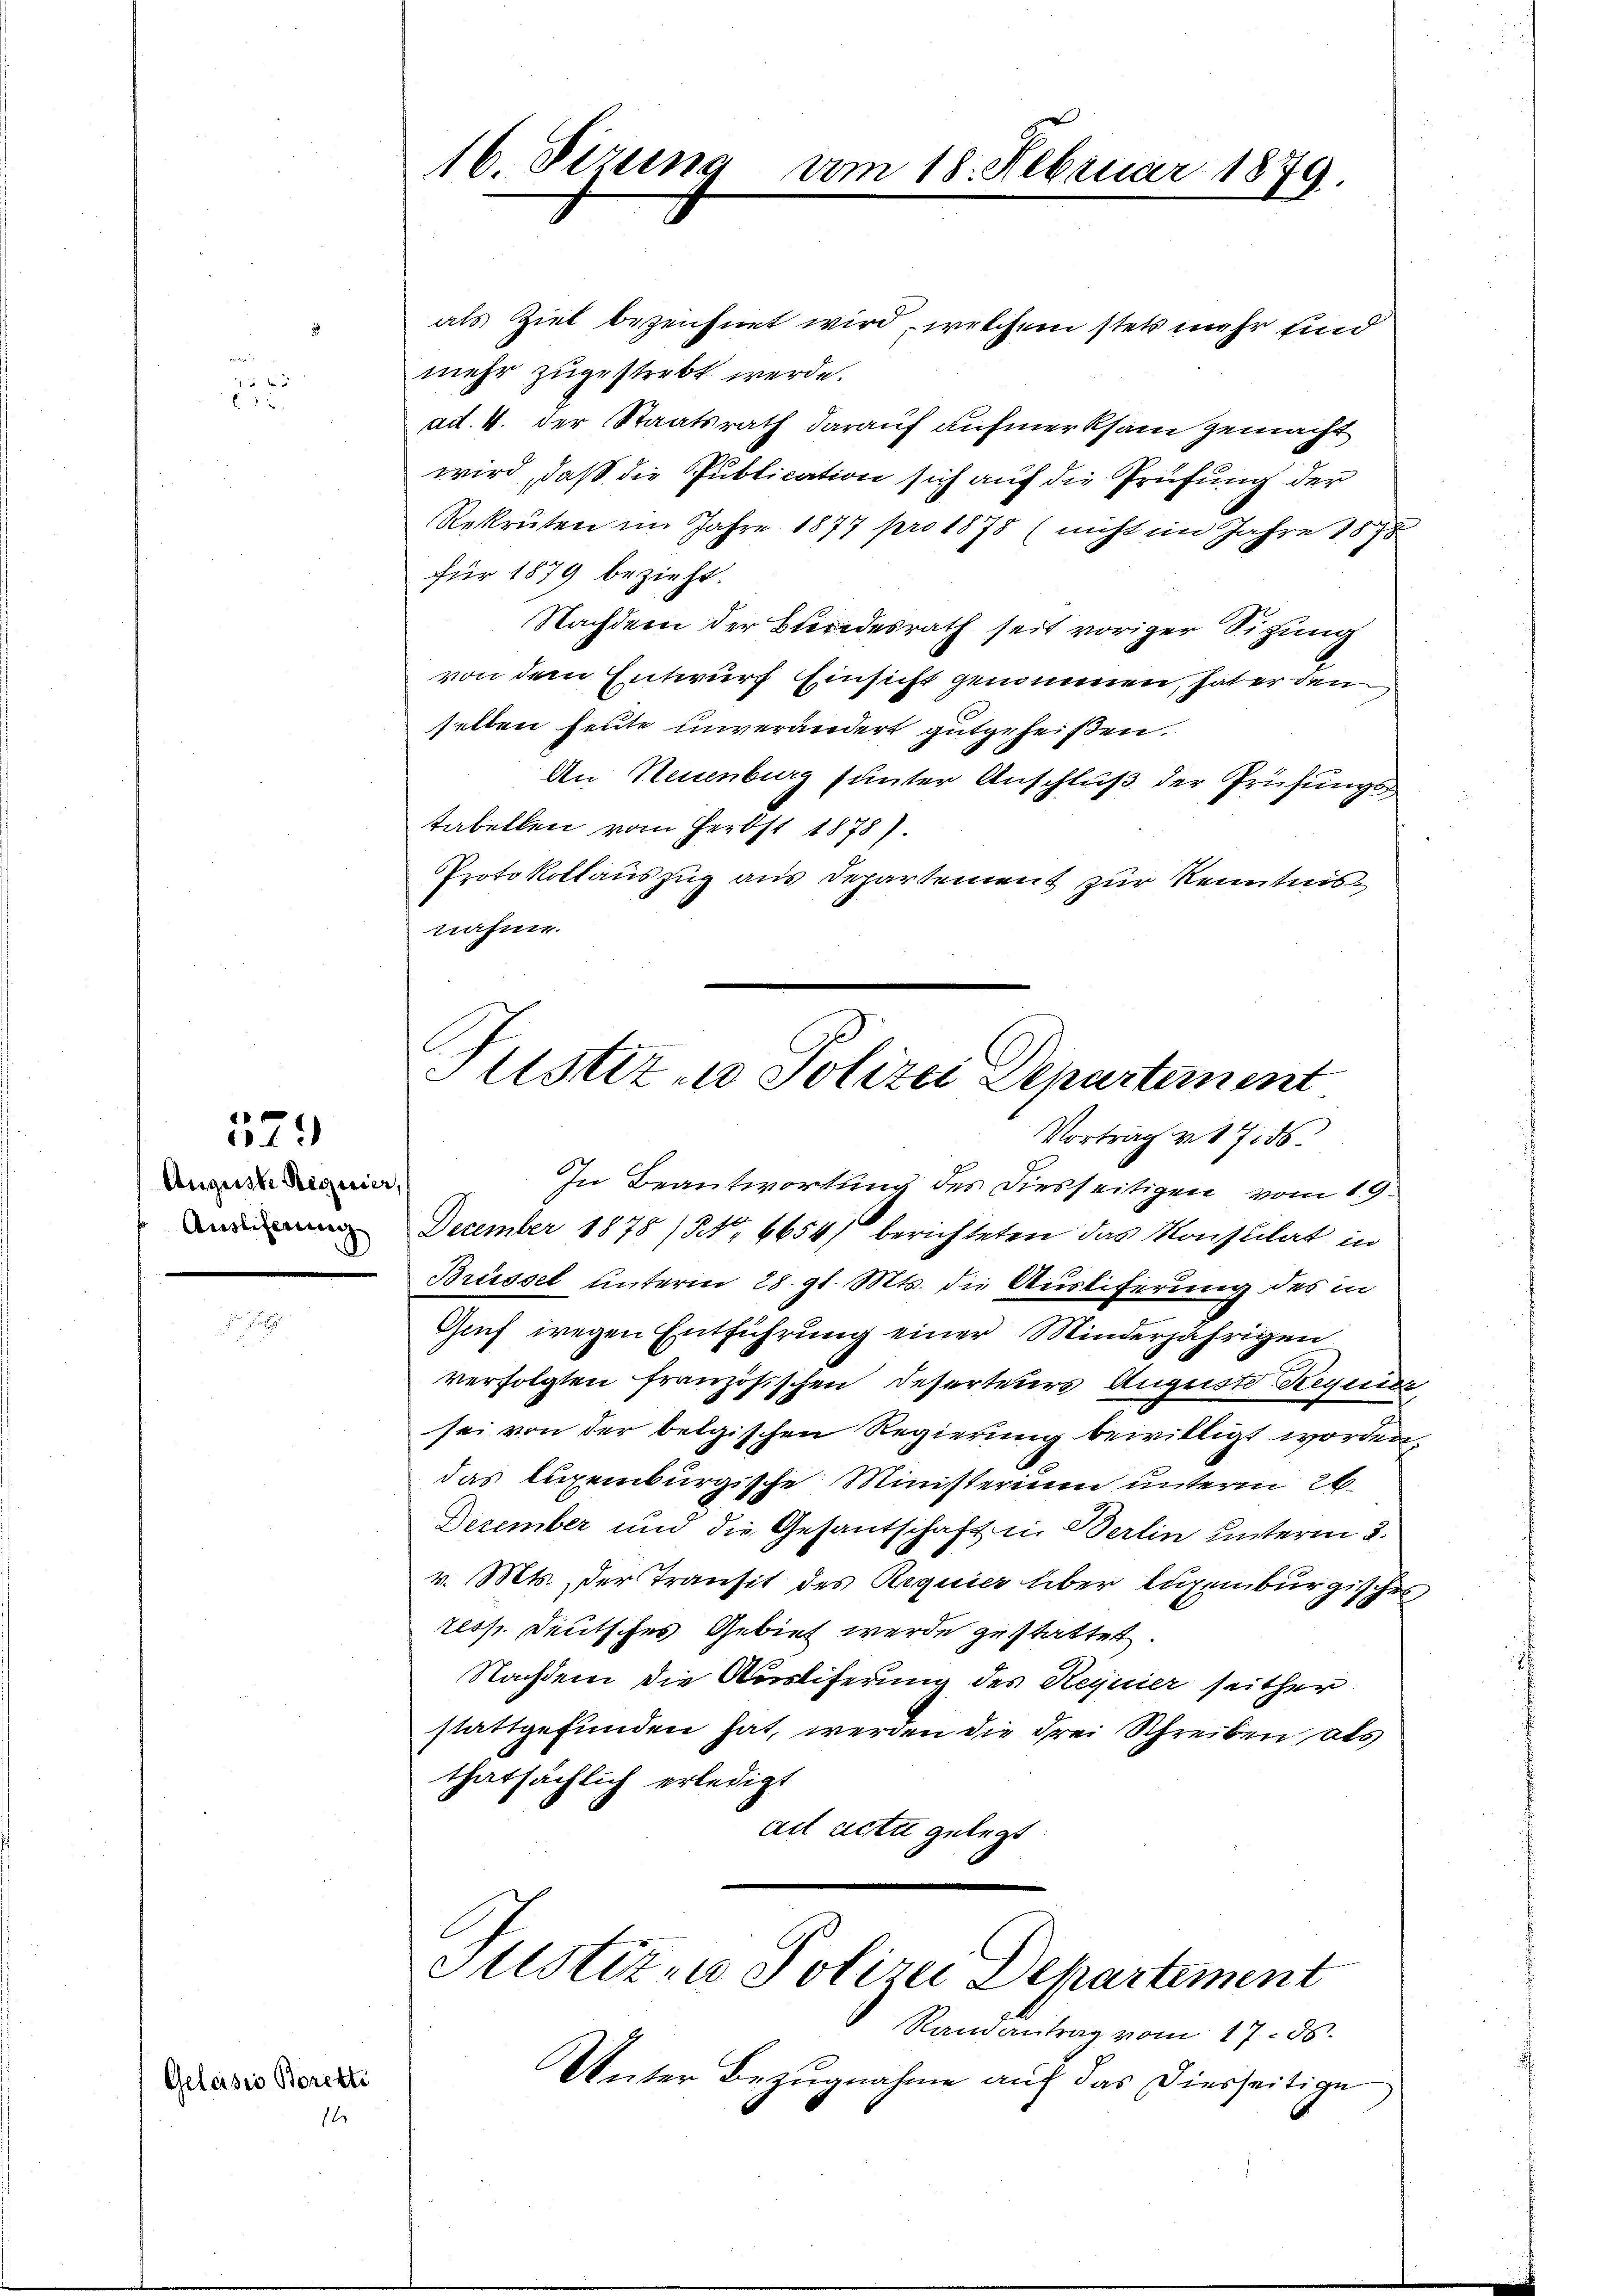
a
12
2

Auguste Regnier,
Ausscheung

Geleises Borekti

579

1

16. Sizung vom 18. Februar 1879.

als Ziel bezeichnet wird, welchem stets mehr und
mehr zugestrebt werde.
ad. 4. der Staatsrath darauf aufmerksam gemacht
wird, daß die Publication sich auf die Prüfung der
Rekruten im Jahre 1877 pro 1878 (nicht im Jahre 1878
für 1879 bezieht.
Nachdem der Bundesrath seit voriger Sitzung
von dem Entwurf Einsicht genommen, hat er den
selben heute unverändert gutgeheißen.
An Neuenburg sunter Anschluß der Prüfungs
tabellen vom Herbst 1878).
Protokollauszug aus Departement zur Kenntens
nahme.

Vortrag v. 1786.
In Beantwortung des diesseitigen vom 19.
December 1878 / NNo. 6654/ berichteten das Konstitat in
Brüssel unterm 28. gl. Mts. die Ausliferung des in
Geh wegen Entführung einer Minderjährigen
verfolgten französischen Deserteurs Auguste Regier
sei von der belgischen Regierung bewilligt worden.
das luxenburgische Ministerium unterm 26
December und die Gesantschaft in Berlin unterm 2.
v. Mts. der Transit des Requier über Augenburgisches
ress. Deutsches Gebiet werde gestattet.
Nachdem die Auslieferung des Requier seither
stattgefunden hat, werden die drei Schreiben als
thatsächlich erledigt
ai acta gelegt

Justiz - Polizei Departement

Astizen Polizei Departement

Ramantrag vom 17. ds.
Unter Bezugnahme auf das Diesseitige